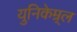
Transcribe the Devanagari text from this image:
युनिकेम्र्ल